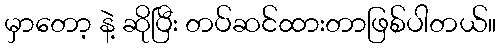
မှာတော့ နဲ့ ဆိုပြီး တပ်ဆင်ထားတာဖြစ်ပါတယ်။